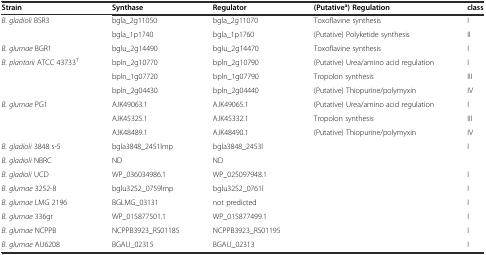
<table><thead><tr><td><b>Strain</b></td><td><b>Synthase</b></td><td><b>Regulator</b></td><td><b>(Putative<sup>a</sup>) Regulation</b></td><td><b>class</b></td></tr></thead><tbody><tr><td rowspan="2"><i>B. gladioli</i> BSR3</td><td>bgla_2g11050</td><td>bgla_2g11070</td><td>Toxoflavine synthesis</td><td>I</td></tr><tr><td>bgla_1p1740</td><td>bgla_1p1760</td><td>(Putative) Polyketide synthesis</td><td>II</td></tr><tr><td><i>B. glumae</i> BGR1</td><td>bglu_2g14490</td><td>bglu_2g14470</td><td>Toxoflavine synthesis</td><td>I</td></tr><tr><td rowspan="3"><i>B. plantarii</i> ATCC 43733<sup>T</sup></td><td>bpln_2g10770</td><td>bpln_2g10790</td><td>(Putative) Urea/amino acid regulation</td><td>I</td></tr><tr><td>bpln_1g07720</td><td>bpln_1g07790</td><td>Tropolon synthesis</td><td>III</td></tr><tr><td>bpln_2g04430</td><td>bpln_2g04440</td><td>(Putative) Thiopurine/polymyxin</td><td>IV</td></tr><tr><td rowspan="3"><i>B. glumae</i> PG1</td><td>AJK49063.1</td><td>AJK49065.1</td><td>(Putative) Urea/amino acid regulation</td><td>I</td></tr><tr><td>AJK45325.1</td><td>AJK45332.1</td><td>Tropolon synthesis</td><td>III</td></tr><tr><td>AJK48489.1</td><td>AJK48490.1</td><td>(Putative) Thiopurine/polymyxin</td><td>IV</td></tr><tr><td><i>B. gladioli</i> 3848 s-5</td><td>bgla3848_2451lmp</td><td>bgla3848_2453l</td><td></td><td>I</td></tr><tr><td><i>B. gladioli</i> NBRC</td><td>ND</td><td>ND</td><td></td><td></td></tr><tr><td><i>B. gladioli</i> UCD</td><td>WP_036034986.1</td><td>WP_025097948.1</td><td></td><td>I</td></tr><tr><td><i>B. glumae</i> 3252-8</td><td>bglu3252_0759lmp</td><td>bglu3252_0761l</td><td></td><td>I</td></tr><tr><td><i>B. glumae</i> LMG 2196</td><td>BGLMG_03131</td><td>not predicted</td><td></td><td>I</td></tr><tr><td><i>B. glumae</i> 336gr</td><td>WP_015877501.1</td><td>WP_015877499.1</td><td></td><td>I</td></tr><tr><td><i>B. glumae</i> NCPPB</td><td>NCPPB3923_RS01185</td><td>NCPPB3923_RS01195</td><td></td><td>I</td></tr><tr><td><i>B. glumae</i> AU6208</td><td>BGAU_02315</td><td>BGAU_02313</td><td></td><td>I</td></tr></tbody></table>